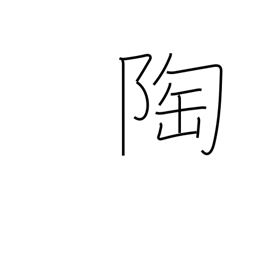
Meaning: pottery